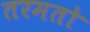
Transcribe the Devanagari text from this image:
तरमतो